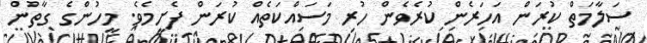
ސަލާމަތް ކުރަން އަހަރެން ކުރެވެން ހުރި މަސައްކަތެއް ކުރަން ފެށީމެވެ. މީހުންގެ ގާތުން